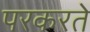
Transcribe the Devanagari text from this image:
परकरते